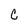
Character: C